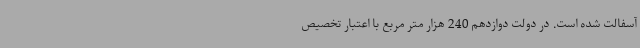
آسفالت شده است. در دولت دوازدهم 240 هزار متر مربع با اعتبار تخصیص